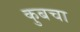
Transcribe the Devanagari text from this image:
कुबचा